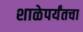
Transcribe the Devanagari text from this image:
शाळेपर्यंतचा